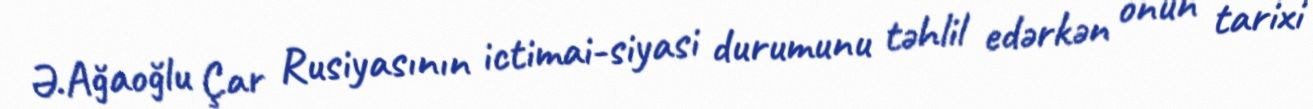
Ə.Ağaoğlu Çar Rusiyasının ictimai-siyasi durumunu təhlil edərkən onun tarixi